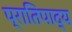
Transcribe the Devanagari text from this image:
प्रातिपाद्य